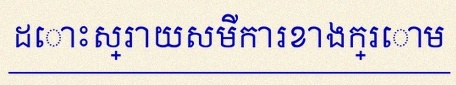
ដោះស្រាយសមីការខាងក្រោម